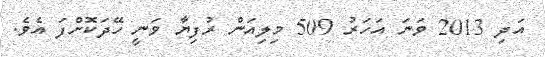
އަދި 2013 ވަނަ އަހަރު 509 މިލިއަން ރުފިޔާ ވަނީ ހޭދަކޮށްފަ އެވެ.